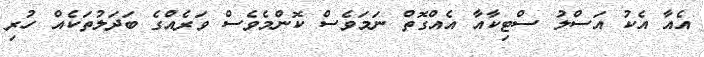
އެއާ އެކު އަސްލު ސްޓިކާއާ އެއްގޮތް ނަމަވެސް ކޮންމެވެސް ވަރެއްގެ ބަދަލުތަކެއް ހުރި